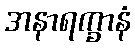
အနာရက္ခာနံ